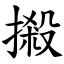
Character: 摋